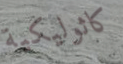
كاثوليكية